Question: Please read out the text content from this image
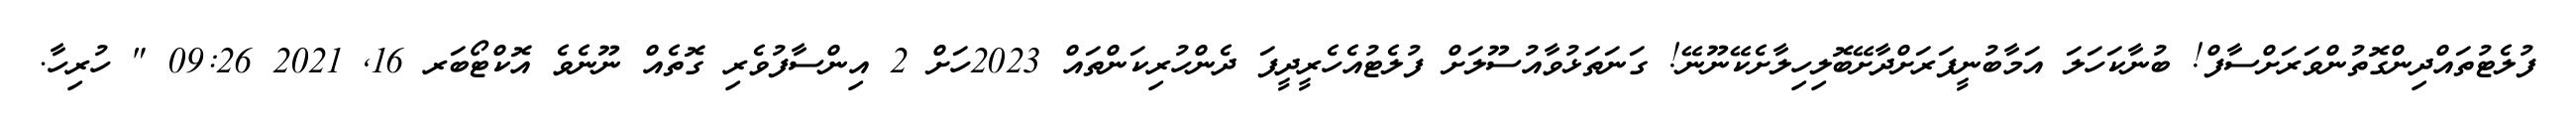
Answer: ފުލެޓުތައްދިންގޮތުންވަރަށްސާފް! ބުނާކަހަލަ އަމާބުނީފަރަށްދާށޭބޮލިހިލާށެކޭނޫނޭ! ގަނަތަޅުވާއުސޫލަށް ފުލެޓުއެހެރީދީފަ ދެންހުރިކަންތައް 2023ހަށް 2 އިންސާފުވެރި ގޮތެއް ނޫނެވެ އޮކްޓޯބަރ 16, 2021 09:26 " ހުރިހާ.